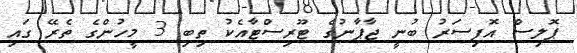
ޕޮލިސް އޮފިސަރު ބުނީ ޖާޕާނުގެ ޓޫރިސްޓާއެކު ތިބި 3 މީހުންގެ ތެރޭ ގައި